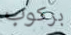
بركوب